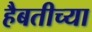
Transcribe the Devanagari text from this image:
हैबतीच्या